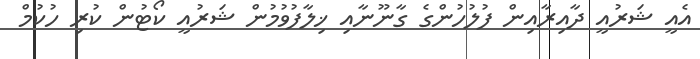
އެއީ ޝަރުއީ ދާއިރާއިން ފުލުހުންގެ ގާނޫނާއި ޚިލާފުވުމުން ޝަރުއީ ކޯޓުން ކުރި ހުކުމް